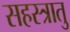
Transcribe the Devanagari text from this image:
सहस्त्रातु